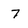
Character: 7